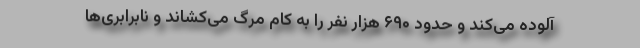
آلوده می‌کند و حدود ۶۹۰ هزار نفر را به کام مرگ می‌کشاند و نابرابری‌ها